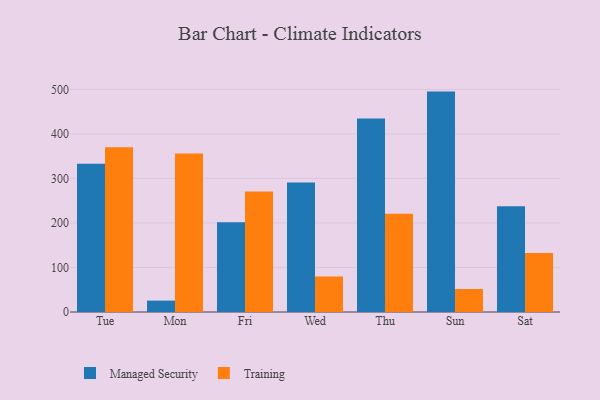
{"axis": {"x": "Day", "y": "Headcount"}, "legend": ["Managed Security", "Training"], "data": [{"x": "Tue", "y": 332.7, "type": "Managed Security"}, {"x": "Tue", "y": 369.8, "type": "Training"}, {"x": "Mon", "y": 25.6, "type": "Managed Security"}, {"x": "Mon", "y": 356.0, "type": "Training"}, {"x": "Fri", "y": 201.5, "type": "Managed Security"}, {"x": "Fri", "y": 270.8, "type": "Training"}, {"x": "Wed", "y": 290.8, "type": "Managed Security"}, {"x": "Wed", "y": 79.8, "type": "Training"}, {"x": "Thu", "y": 434.6, "type": "Managed Security"}, {"x": "Thu", "y": 220.8, "type": "Training"}, {"x": "Sun", "y": 495.0, "type": "Managed Security"}, {"x": "Sun", "y": 51.6, "type": "Training"}, {"x": "Sat", "y": 237.3, "type": "Managed Security"}, {"x": "Sat", "y": 132.6, "type": "Training"}]}